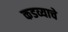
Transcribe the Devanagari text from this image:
कडव्याचे